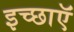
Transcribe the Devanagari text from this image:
इच्छाऍं